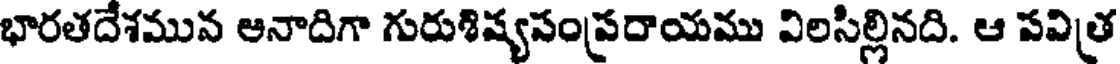
భారతదేశమున ఆనాదిగా గురుశిష్యసంప్రదాయము విలసిల్లినది. ఆ పవిత్ర